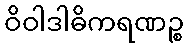
ဝိဝါဒါဓိကရဏဉ္စ